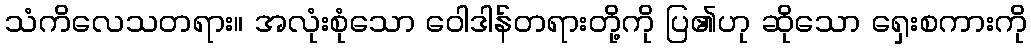
သံကိလေသတရား။ အလုံးစုံသော ဝေါဒါန်တရားတို့ကို ပြ၏ဟု ဆိုသော ရှေးစကားကို